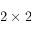
2 \times 2